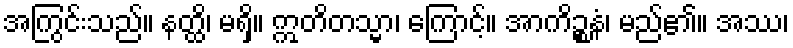
အကြွင်းသည်။ နတ္ထိ၊ မရှိ။ ဣတိတသ္မာ၊ ကြောင့်။ အာကိဉ္စနံ၊ မည်၏။ အဿ၊